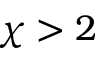
\chi > 2